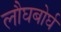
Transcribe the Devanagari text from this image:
लौघबोर्घ